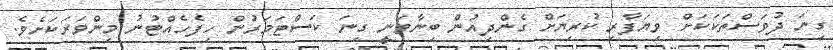
ގިނަ ދުވަސްތަކަކަށް ވިޔަފާރި ކުރިޔަށް ގެންދިއުން ބިނާވަނީ ގިނަ ކަސްޓަމަރުން ހިފެހެއްޓުނު މިންވަރަކަށެވެ.